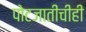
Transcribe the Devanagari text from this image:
पोटजातींचीही